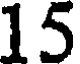
15